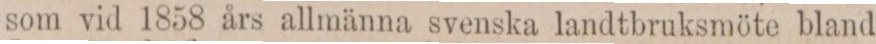
som vid 1858 års allmänna svenska landtbruksmöte bland